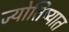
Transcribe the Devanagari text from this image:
ज्योतिष्यात